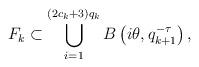
LaTeX: \begin{align*}F_k \subset \bigcup_{i=1}^{(2c_k+3)q_k} B \left( i\theta ,q_{k+1}^{-\tau} \right),\end{align*}